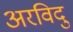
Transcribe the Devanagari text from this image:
अरविदु